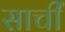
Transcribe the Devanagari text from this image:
साचीं